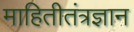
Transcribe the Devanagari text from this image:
माहितीतंत्रज्ञान